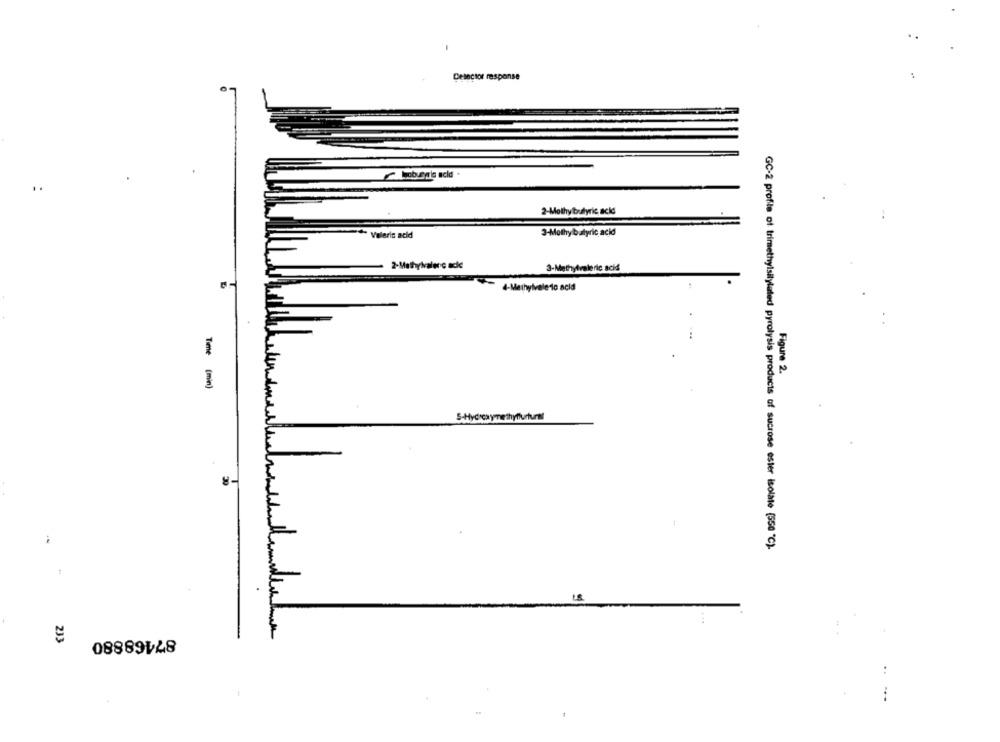
Desector response
bobungle acid .
2-Methylbuslyric ackd
Valeric acid
3-Methylbatyric acid
2-Methylalene adie
3-Methylvaleric acid
4-Methylvale ic acid
Time
Figure 2.
(min)
8-
1
-
GC-2 profile of trimethylsilylated pyrolysis products of sucrose ester isolate (550 ℃).
18
233
87468880
..